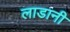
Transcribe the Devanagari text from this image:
लाडानी